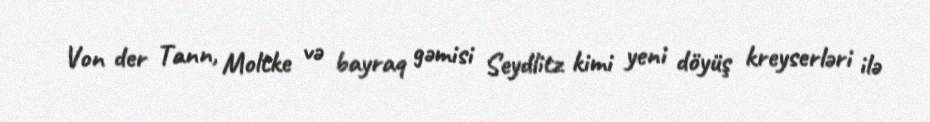
Von der Tann, Moltke və bayraq gəmisi Seydlitz kimi yeni döyüş kreyserləri ilə